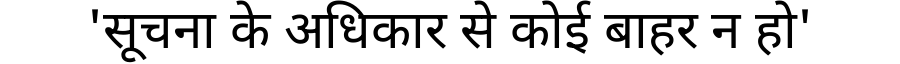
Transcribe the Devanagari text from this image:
'सूचना के अधिकार से कोई बाहर न हो'